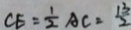
C E = \frac { 1 } { 2 } A C = \frac { 1 3 } { 2 }